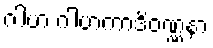
ဂါဟ ဂါဟကာဒိဝဏ္ဏနာ